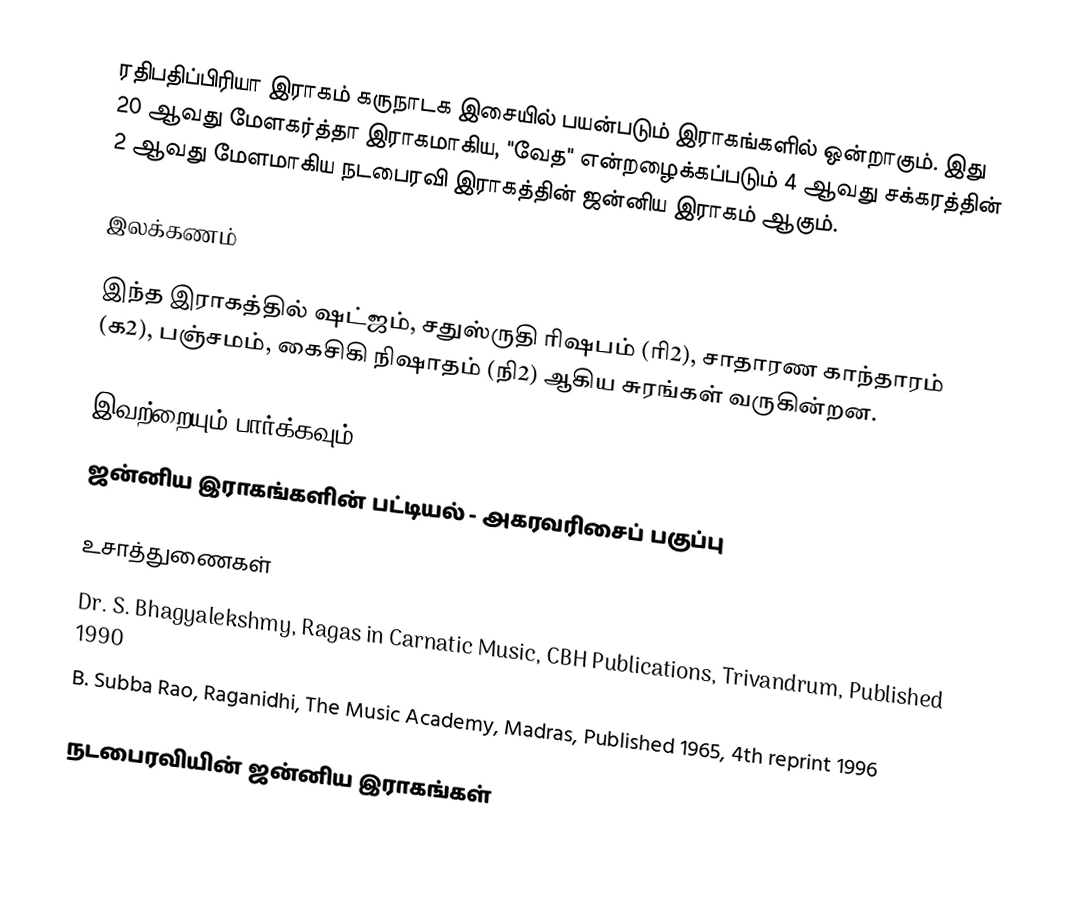
ரதிபதிப்பிரியா இராகம் கருநாடக இசையில் பயன்படும் இராகங்களில் ஒன்றாகும். இது 20 ஆவது மேளகர்த்தா இராகமாகிய, "வேத" என்றழைக்கப்படும் 4 ஆவது சக்கரத்தின் 2 ஆவது மேளமாகிய நடபைரவி இராகத்தின் ஜன்னிய இராகம் ஆகும்.

இலக்கணம்

இந்த இராகத்தில் ஷட்ஜம், சதுஸ்ருதி ரிஷபம் (ரி2),  சாதாரண காந்தாரம் (க2), பஞ்சமம், கைசிகி நிஷாதம்  (நி2) ஆகிய சுரங்கள்  வருகின்றன.

இவற்றையும் பார்க்கவும்
 ஜன்னிய இராகங்களின் பட்டியல் - அகரவரிசைப் பகுப்பு

உசாத்துணைகள்
 Dr. S. Bhagyalekshmy, Ragas in Carnatic Music, CBH Publications, Trivandrum, Published 1990
 B. Subba Rao, Raganidhi, The Music Academy, Madras, Published 1965, 4th reprint 1996

நடபைரவியின் ஜன்னிய இராகங்கள்